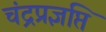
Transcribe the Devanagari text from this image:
चंद्रप्रज्ञप्ति